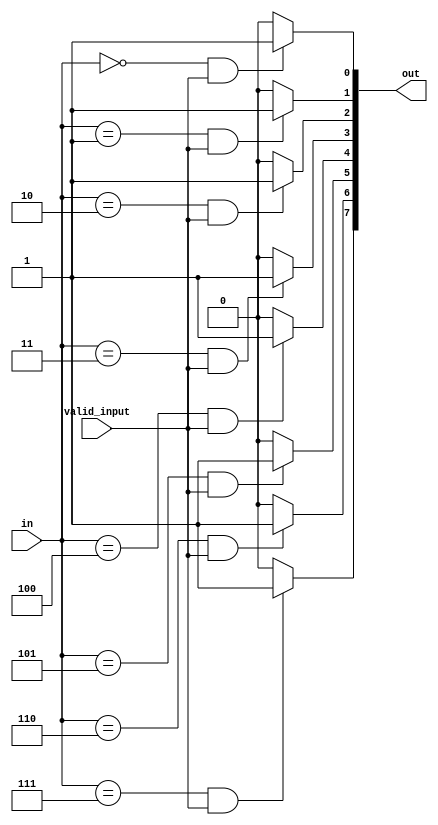
/** @module : one_hot_encoder
 *  @author : Adaptive & Secure Computing Systems (ASCS) Laboratory

 *  Copyright (c) 2018 BRISC-V (ASCS/ECE/BU)
 *  Permission is hereby granted, free of charge, to any person obtaining a copy
 *  of this software and associated documentation files (the "Software"), to deal
 *  in the Software without restriction, including without limitation the rights
 *  to use, copy, modify, merge, publish, distribute, sublicense, and/or sell
 *  copies of the Software, and to permit persons to whom the Software is
 *  furnished to do so, subject to the following conditions:
 *  The above copyright notice and this permission notice shall be included in
 *  all copies or substantial portions of the Software.

 *  THE SOFTWARE IS PROVIDED "AS IS", WITHOUT WARRANTY OF ANY KIND, EXPRESS OR
 *  IMPLIED, INCLUDING BUT NOT LIMITED TO THE WARRANTIES OF MERCHANTABILITY,
 *  FITNESS FOR A PARTICULAR PURPOSE AND NONINFRINGEMENT. IN NO EVENT SHALL THE
 *  AUTHORS OR COPYRIGHT HOLDERS BE LIABLE FOR ANY CLAIM, DAMAGES OR OTHER
 *  LIABILITY, WHETHER IN AN ACTION OF CONTRACT, TORT OR OTHERWISE, ARISING FROM,
 *  OUT OF OR IN CONNECTION WITH THE SOFTWARE OR THE USE OR OTHER DEALINGS IN
 *  THE SOFTWARE.
 */

module one_hot_encoder #(
parameter WIDTH = 8	// Width of the encoded output
) (
in,
valid_input,
out 
);

//Define the log2 function
function integer log2;
input integer value;
begin
  value = value-1;
  for(log2=0; value>0; log2=log2+1)
    value = value >> 1;
end
endfunction

input  [log2(WIDTH)-1 : 0] in;
input             valid_input;
output [WIDTH-1 : 0]      out;

genvar i;

generate
  for(i=0; i<WIDTH; i=i+1)begin : ENCODED_BITS
    assign out[i] = (in == i) & valid_input ? 1'b1 : 1'b0;
  end
endgenerate

endmodule